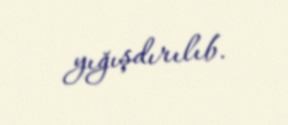
yığışdırılıb.